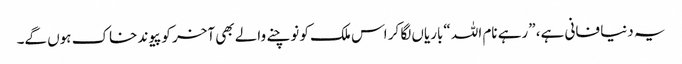
یہ دنیا فانی ہے، ”رہے نام اللہ “باریاں لگا کر اس ملک کو نوچنے والے بھی آخر کو پیوند خاک ہوں گے۔